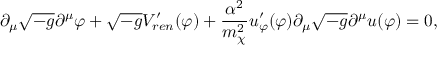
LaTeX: \partial _ { \mu } \sqrt { - g } \partial ^ { \mu } \varphi + \sqrt { - g } V _ { r e n } ^ { \prime } ( \varphi ) + { \frac { \alpha ^ { 2 } } { m _ { \chi } ^ { 2 } } } u _ { \varphi } ^ { \prime } ( \varphi ) \partial _ { \mu } \sqrt { - g } \partial ^ { \mu } u ( \varphi ) = 0 ,